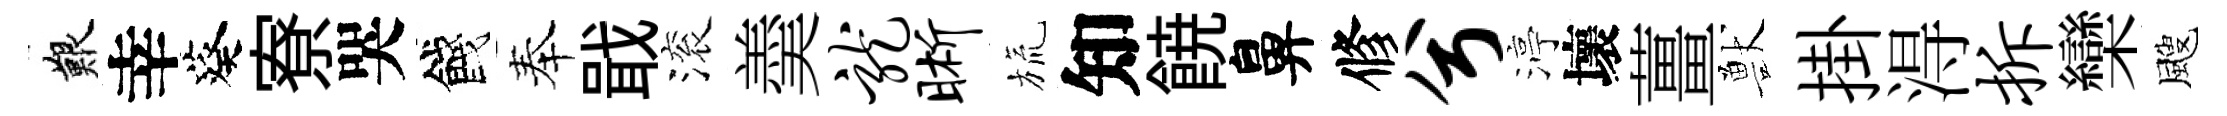
艱幸葵寮哭餞奉戢滚羮龙晰旒知𩜙鼻修兮渟壞薑獸掛淂拆欒颼